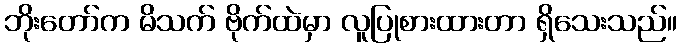
ဘိုးတော်က မိသက် ဗိုက်ထဲမှာ လူပြုစားထားတာ ရှိသေးသည်။